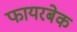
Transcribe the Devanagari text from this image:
फायरबेक